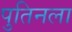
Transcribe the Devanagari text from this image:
पुतिनला